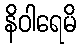
နိဝါရေမိ